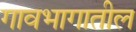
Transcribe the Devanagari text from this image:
गावभागातील